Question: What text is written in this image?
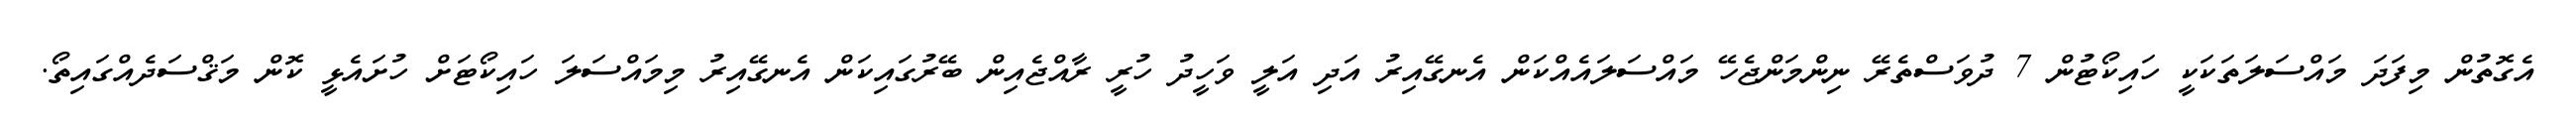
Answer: އެގޮތުން މިފަދަ މައްސަލަތަކަކީ ހައިކޯޓުން 7 ދުވަސްތެރޭ ނިންމަންޖެހޭ މައްސަލައެއްކަން އެނގޭއިރު އަދި އަލީ ވަހީދު ހުރީ ރާއްޖެއިން ބޭރުގައިކަން އެނގޭއިރު މިމައްސަލަ ހައިކޯޓަށް ހުށައެޅީ ކޮން މަޤްސަދެއްގައިތޯ.